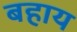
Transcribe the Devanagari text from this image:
बहाय